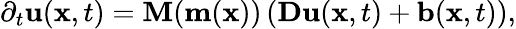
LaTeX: \partial_{t}\mathbf{u}(\mathbf{x},t)=\mathbf{M}(\mathbf{m}(\mathbf{x}))\left(\mathbf{D}\mathbf{u}(\mathbf{x},t)+\mathbf{b}(\mathbf{x},t)\right),